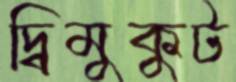
দ্বিমুকুট